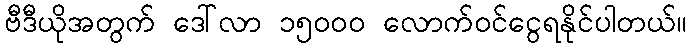
ဗီဒီယိုအတွက် ဒေါ်လာ ၁၅၀၀၀ လောက်ဝင်ငွေရနိုင်ပါတယ်။